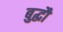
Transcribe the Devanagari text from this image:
बुद्धौ